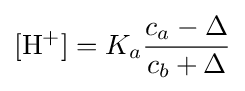
\mathrm {[H^{+}]} =K_{a}{\frac {c_{a}-\Delta }{c_{b}+\Delta }}